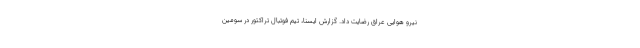
نیرو هوایی عراق رضایت داد. گزارش ایسنا، تیم فوتبال تراکتور در سومین